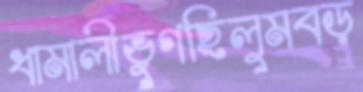
ধামালীভুগছিলুমবড়